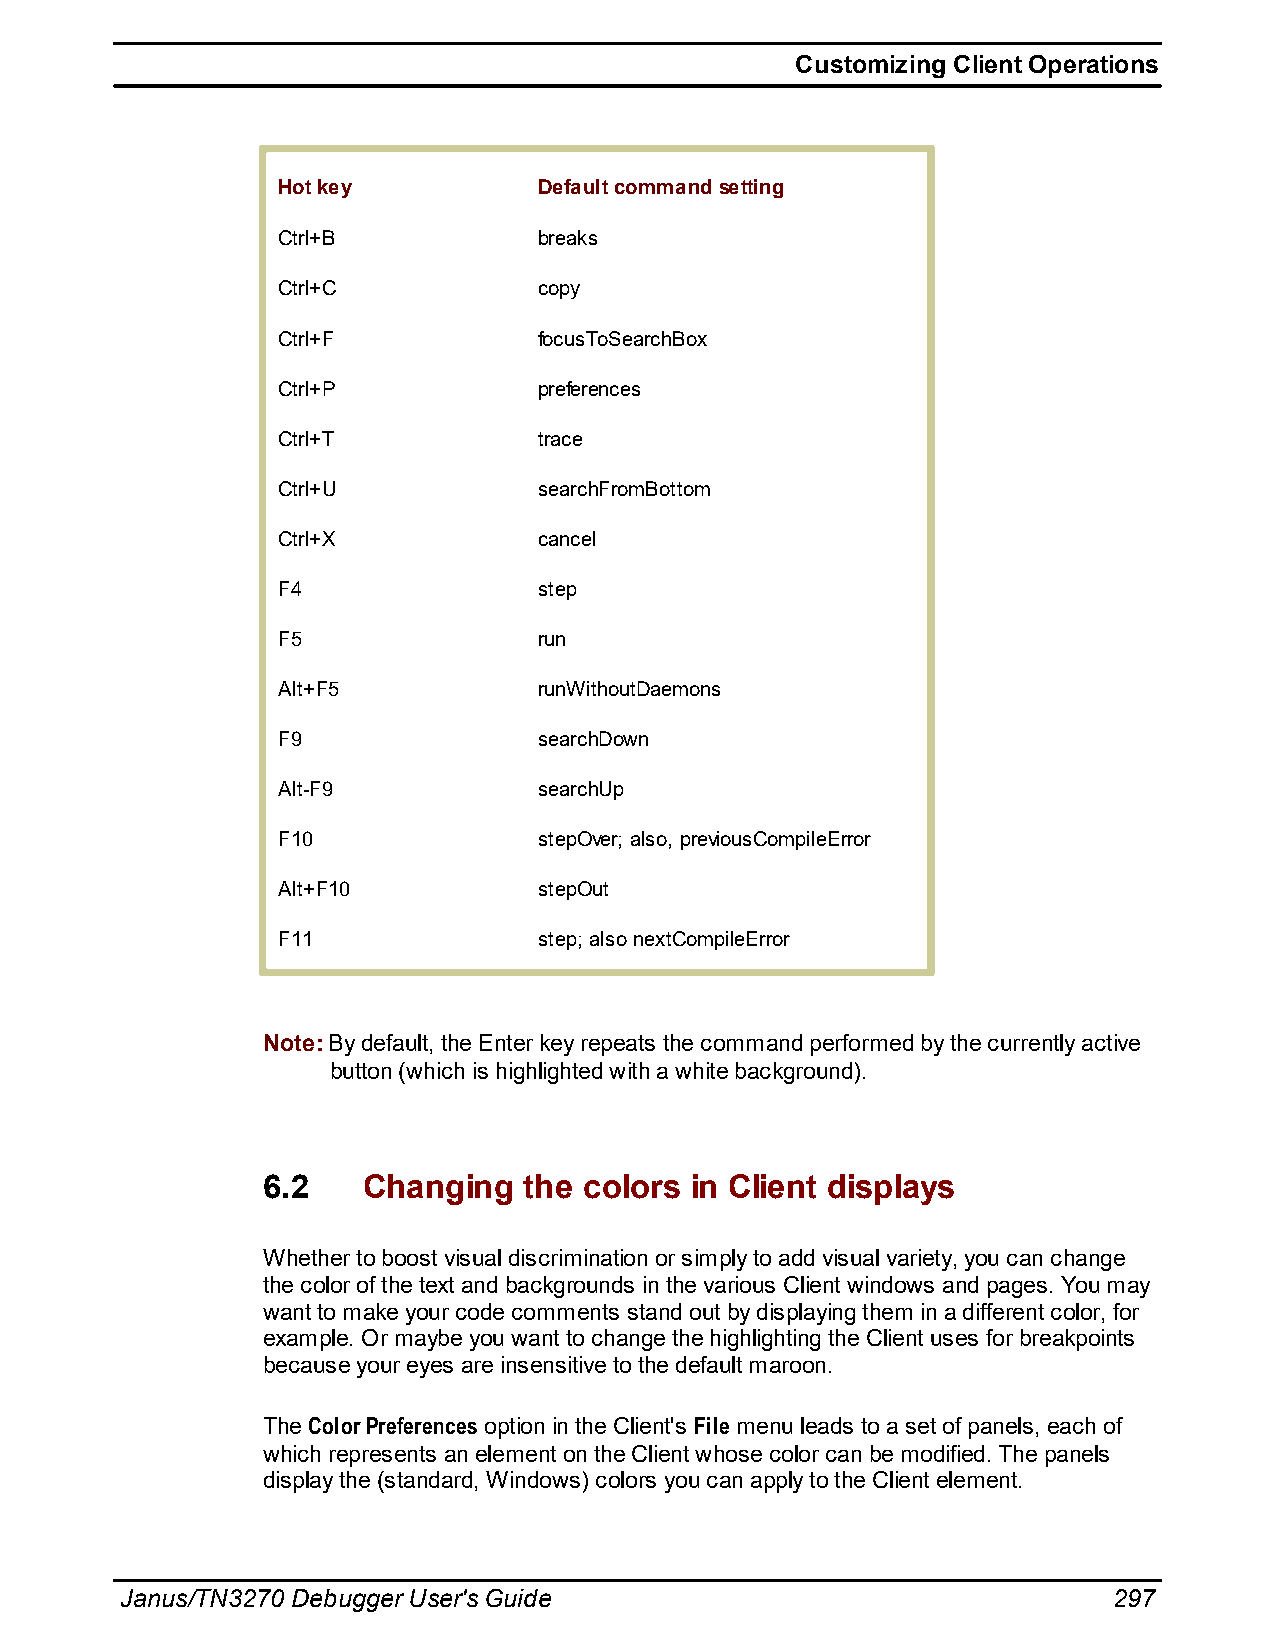
Customizing Client Operations
 Hot key           Default command setting
 Ctrl+B            breaks
 Ctrl+C            copy
 Ctrl+F            focusToSearchBox
 Ctrl+P            preferences
 Ctrl+T            trace
 Ctrl+U            searchFromBottom
 Ctrl+X            cancel
 F4                step
 F5                run
 Alt+F5            runWithoutDaemons
 F9                searchDown
 Alt-F9            searchUp
 F10               stepOver; also, previousCompileError
 Alt+F10           stepOut
 F11               step; also nextCompileError
 Note: By default, the Enter key repeats the command performed by the currently active
 button (which is highlighted with a white background).
 6.2    Changing   the colors in Client displays
 Whether to boost visual discrimination or simply to add visual variety, you can change
 the color of the text and backgrounds in the various Client windows and pages. You may
 want to make your code comments stand out by displaying them in a different color, for
 example. Or maybe you want to change the highlighting the Client uses for breakpoints
 because your eyes are insensitive to the default maroon.
 The Color Preferences option in the Client's File menu leads to a set of panels, each of
 which represents an element on the Client whose color can be modified. The panels
 display the (standard, Windows) colors you can apply to the Client element.
 Janus/TN3270 Debugger User's Guide                                297